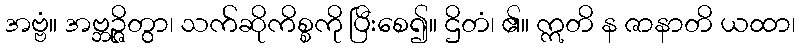
အဗ္ဗံ။ အဗ္ဘဉ္ဇိတွာ၊ သက်ဆိုကိစ္စကို ပြီးစေ၍။ ဌိတံ၊ ၏။ ဣတိ န ဇာနာတိ ယထာ၊